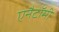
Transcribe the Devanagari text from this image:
एनैटॉमी